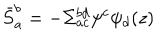
LaTeX: \bar { S } _ { a } ^ { b } = - \Sigma _ { a c } ^ { b d } \psi ^ { c } \psi _ { d } ( z )